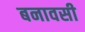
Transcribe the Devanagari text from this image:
बनावसी